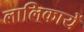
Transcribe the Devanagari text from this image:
लालिकायें